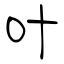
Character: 叶